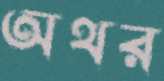
অথর